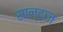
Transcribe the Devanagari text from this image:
साल्दाज